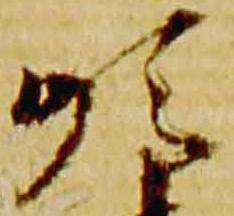
順